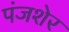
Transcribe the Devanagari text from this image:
पंजशेर